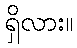
ရှိလား။